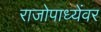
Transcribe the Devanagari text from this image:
राजोपाध्येंवर